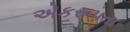
એકરૂપતા